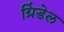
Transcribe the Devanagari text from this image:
ग्रिंडेल